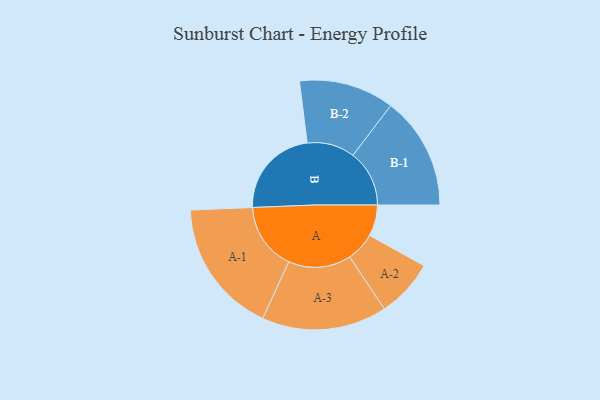
{"axis": {"x": "Segment", "y": "Value"}, "legend": ["", "A", "B"], "data": [{"x": "A", "y": 131, "type": ""}, {"x": "B", "y": 383, "type": ""}, {"x": "A-1", "y": 283, "type": "A"}, {"x": "A-2", "y": 122, "type": "A"}, {"x": "A-3", "y": 263, "type": "A"}, {"x": "B-1", "y": 237, "type": "B"}, {"x": "B-2", "y": 200, "type": "B"}]}